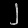
Digit: ၂